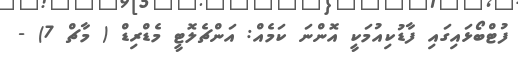
ފުޓްބޯޅައިގައި ފާޑުކިއުމަކީ އޮންނަ ކަމެއް: އަންޗެލޮޓީ މެޑްރިޑް ( މާޗް 7) -